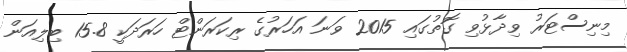
މިނިސްޓަރު ވިދާޅުވި ގޮތުގައި 2015 ވަނަ އަހަރުގެ ރިކަރަންޓް ހަރަދަކީ 15.8 ބިލިއަން